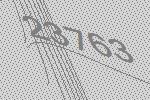
23763